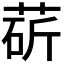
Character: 𦳵